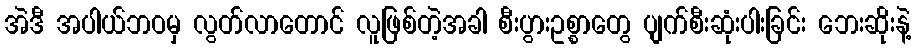
အဲဒီ အပါယ်ဘဝမှ လွတ်လာတောင် လူဖြစ်တဲ့အခါ စီးပွားဥစ္စာတွေ ပျက်စီးဆုံးပါးခြင်း ဘေးဆိုးနဲ့